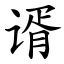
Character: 谞